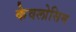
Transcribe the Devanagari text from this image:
केवलोसिम